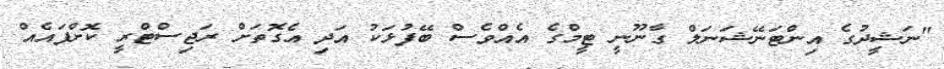
"ނަޝީދުގެ އިންޓަނޭޝަނަލް ގާނޫނީ ޓީމްގެ އެއްވެސް ބޭފުޅަކު އަދި އެގޮތަށް ރަޖިސްޓްރީ ކޮށްފައެއް